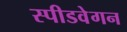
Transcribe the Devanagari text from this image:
स्पीडवेगन